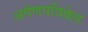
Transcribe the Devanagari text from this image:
अर्पणपत्रिकेत